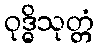
ဝုဒ္ဓိသုတ္တံ